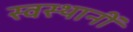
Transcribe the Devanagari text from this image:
स्वस्थानीं